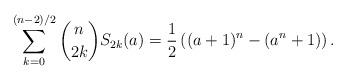
LaTeX: \begin{align*}\sum_{k=0}^{(n-2)/2} \binom{n}{2k} S_{2k}(a)=\frac12\left((a+1)^{n}-(a^{n}+1)\right).\end{align*}